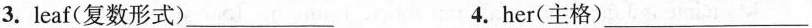
3.leaf(复数形式)___ 4.her(主格)___